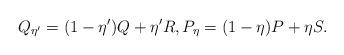
LaTeX: \begin{align*}Q_{\eta'} = (1-\eta') Q + \eta' R, P_{\eta} = (1-\eta) P + \eta S. \end{align*}